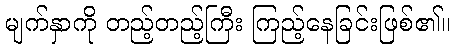
မျက်နှာကို တည့်တည့်ကြီး ကြည့်နေခြင်းဖြစ်၏။